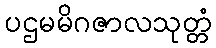
ပဌမမိဂဇာလသုတ္တံ